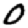
Digit: 0